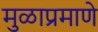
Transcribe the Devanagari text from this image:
मुळाप्रमाणे